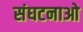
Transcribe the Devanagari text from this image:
संघटनाओ